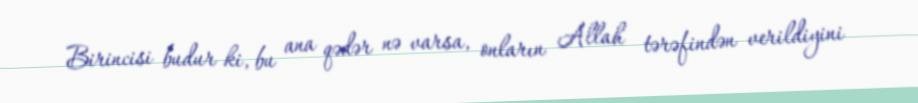
Birincisi budur ki, bu ana qədər nə varsa, onların Allah tərəfindən verildiyini